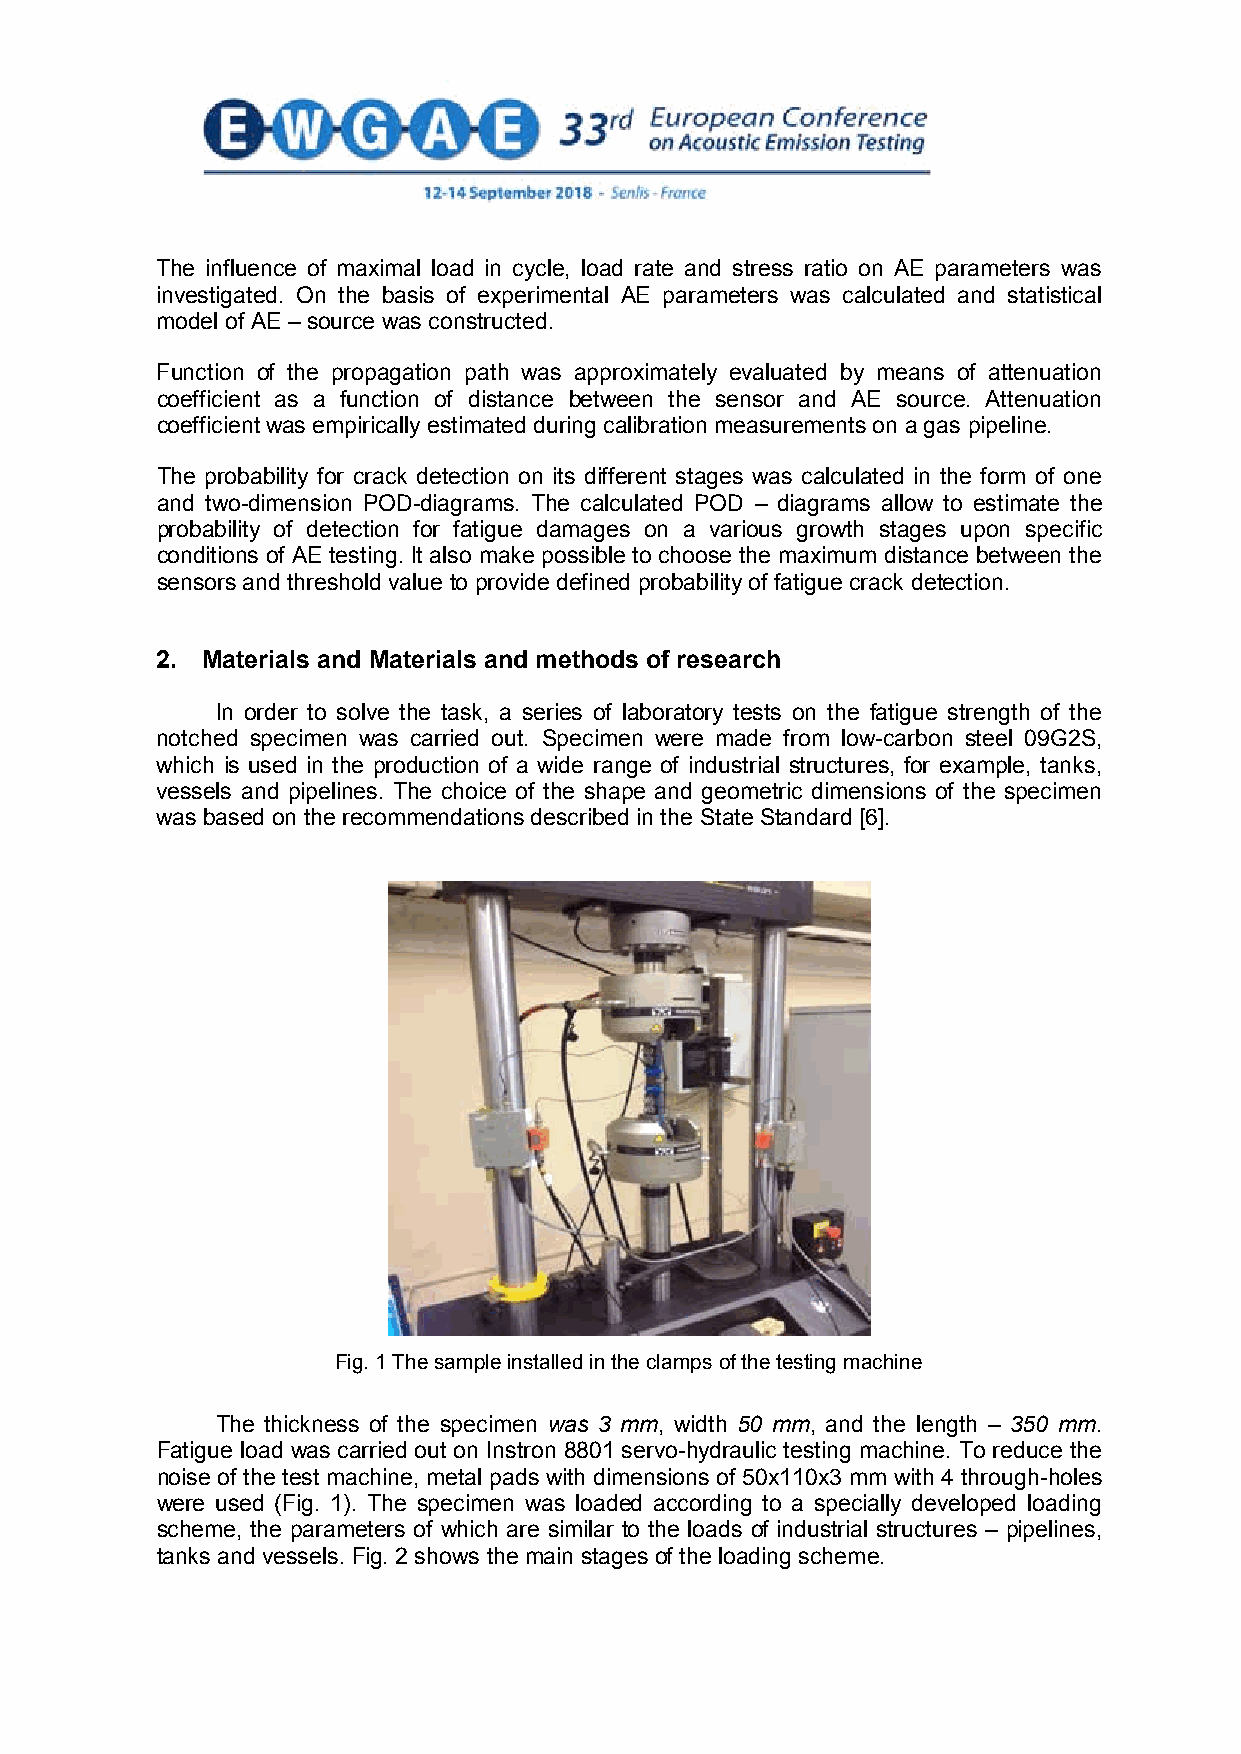
The influence of maximal load in cycle, load rate and stress ratio on AE parameters was
 investigated. On the basis of experimental AE parameters was calculated and statistical
 model of AE –source was constructed.
 Function of the propagation path was approximately evaluated by means of attenuation
 coefficient as a function of distance between the sensor and AE source. Attenuation
 coefficient was empirically estimated during calibration measurements on a gas pipeline.
 The probability for crack detection on its different stages was calculated in the form of one
 and two-dimension POD-diagrams. The calculated POD – diagrams allow to estimate the
 probability of detection for fatigue damages on a various growth stages upon specific
 conditions of AE testing. It also make possible to choose the maximum distance between the
 sensors and threshold value to provide defined probability of fatigue crack detection.
 2. Materials and Materials and methods of research
 In order to solve the task, a series of laboratory tests on the fatigue strength of the
 notched specimen was carried out. Specimen were made from low-carbon steel 09G2S,
 which is used in the production of a wide range of industrial structures, for example, tanks,
 vessels and pipelines. The choice of the shape and geometric dimensions of the specimen
 was based on the recommendations described in the State Standard [6].
 Fig. 1 The sample installed in the clamps of the testing machine
 The thickness of the specimen was 3 mm, width 50 mm, and the length – 350 mm.
 Fatigue load was carried out on Instron 8801 servo-hydraulic testing machine. To reduce the
 noise of the test machine, metal pads with dimensions of 50x110x3 mm with 4 through-holes
 were used (Fig. 1). The specimen was loaded according to a specially developed loading
 scheme, the parameters of which are similar to the loads of industrial structures – pipelines,
 tanks and vessels. Fig. 2 shows themain stagesof the loading scheme.
 2